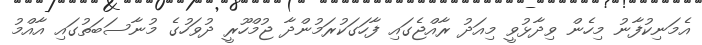
އެމަނިކުފާނު މިހެން ވިދާޅުވީ މިއަދު ރާއްޖެގައި ފާހަގަކުރަމުންދާ ޖުމްހޫރީ ދުވަހުގެ މުނާސަބަތުގައި އާއްމު